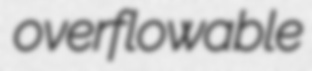
overflowable